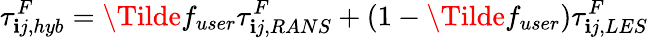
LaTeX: \tau_{\mathbf{i}j,hyb}^{F}=\Tilde{f}_{user}\tau_{\mathbf{i}j,RANS}^{F}+(1-\Tilde{f}_{user})\tau_{\mathbf{i}j,LES}^{F}